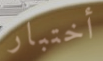
أختبار